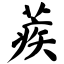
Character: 蒺